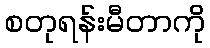
စတုရန်းမီတာကို